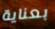
بعناية